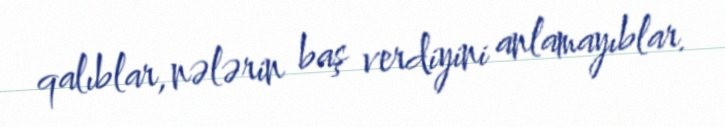
qalıblar, nələrin baş verdiyini anlamayıblar.